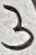
Text: 3